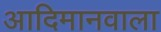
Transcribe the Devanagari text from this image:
आदिमानवाला